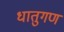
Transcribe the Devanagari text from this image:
धातुगण